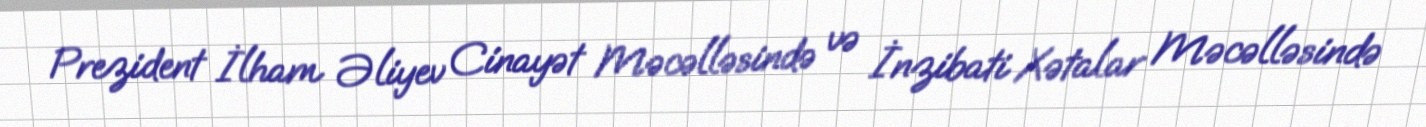
Prezident İlham Əliyev Cinayət Məcəlləsində və İnzibati Xətalar Məcəlləsində